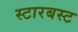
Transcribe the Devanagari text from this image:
स्टारबस्ट